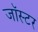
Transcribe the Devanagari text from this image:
जॉस्टर